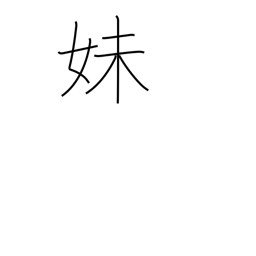
Meaning: younger sister